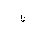
Letter: _non